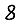
Digit: 8